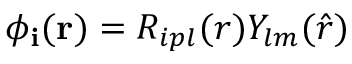
\phi _ { \mathbf { i } } ( \mathbf { r } ) = R _ { i p l } ( r ) Y _ { l m } ( \hat { r } )